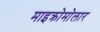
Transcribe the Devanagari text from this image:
माइक्रोमोलार